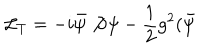
{ \cal L } _ { T } = - i \bar { \psi } \not { \partial } \psi - \frac { 1 } { 2 } g ^ { 2 } ( \bar { \psi }